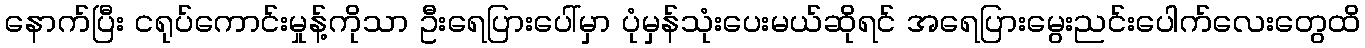
နောက်ပြီး ငရုပ်ကောင်းမှုန့်ကိုသာ ဦးရေပြားပေါ်မှာ ပုံမှန်သုံးပေးမယ်ဆိုရင် အရေပြားမွေးညင်းပေါက်လေးတွေထိ